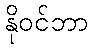
နိုဝင်ဘာ